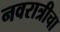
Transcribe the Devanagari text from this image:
नवरात्रीचा